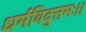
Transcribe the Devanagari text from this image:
धर्मविदुत्तमः।।